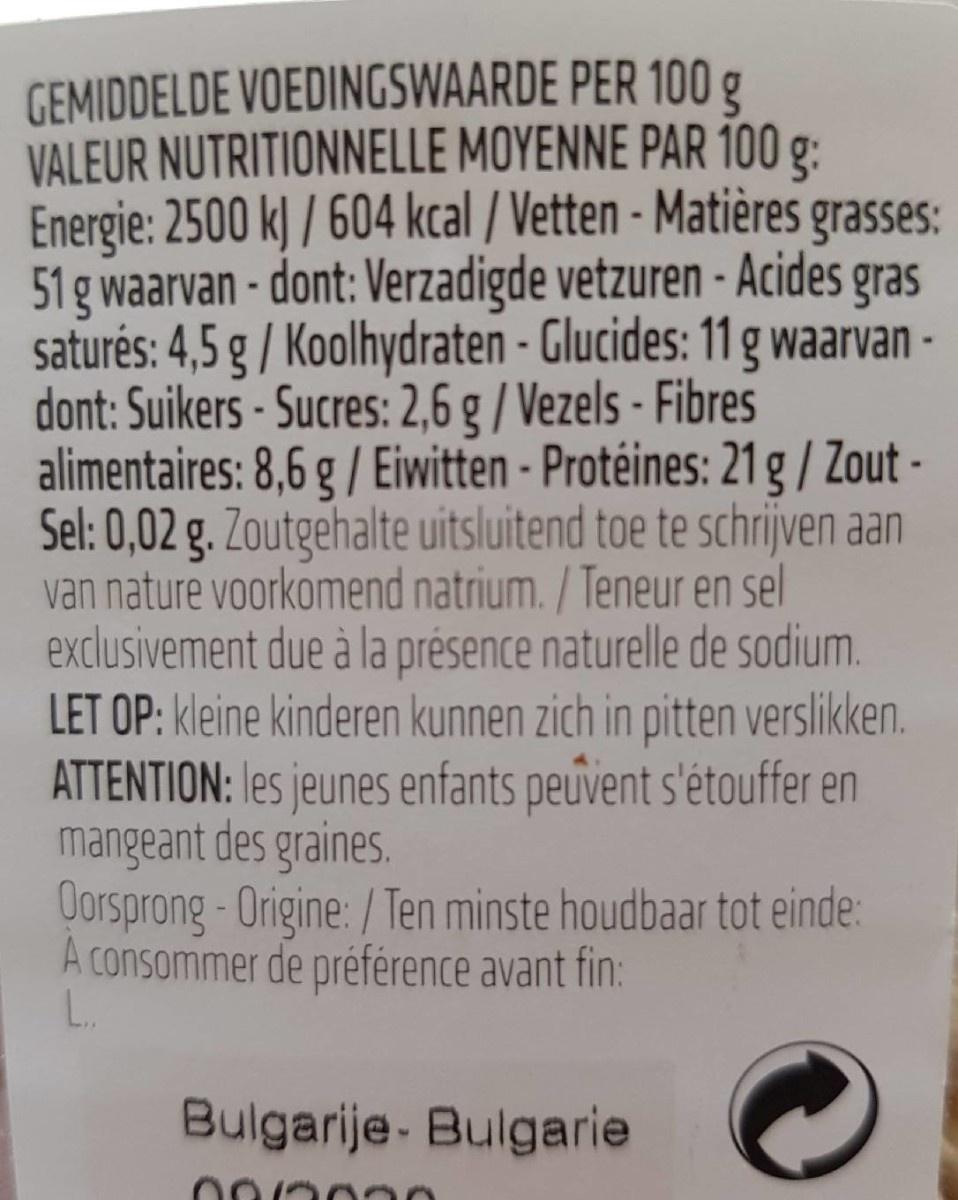
GEMIDDELDE VOEDINGSWAARDE PER 100 g VALEUR NUTRITIONNELLE MOYENNE PAR 100 g: Energie: 2500 k) / 604 kcal / Vetten - Matières grasses: 51 g waarvan - dont: Verzadigde vetzuren - Acides gras saturés: 4,5 g / Koolhydraten - Glucides: 11 g waarvan - dont: Suikers - Sucres: 2,6 g / Vezels - Fibres alimentaires: 8,6 g / Eiwitten - Protéines: 21 g/ Zout - Sel: 0,02 g. Zoutgehalte uitsluitend toe te schrijven aan van nature voorkomend natrium. / Teneur en sel exclusivement due à la présence naturelle de sodium. LET OP: kleine kinderen kunnen zich in pitten verslikken. ATTENTION: les jeunes enfants peuvent s'étouffer en mangeant des graines. Oorsprong-Origine:/Ten minste houdbaar tot einde: A consommer de préférence avant fin: L.
Bulgarije- Bulgarie